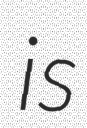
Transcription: is